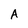
Character: A